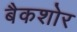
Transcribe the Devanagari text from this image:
बैकशोर